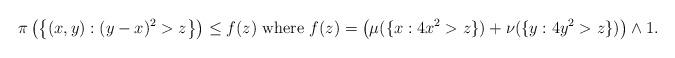
LaTeX: \begin{align*} \pi\left(\left\{(x,y):(y-x)^2> z\right\}\right)\le f(z)\mbox{ where }f(z)= \left(\mu(\{x:4x^2> z\})+\nu(\{y:4y^2> z\})\right)\wedge 1. \end{align*}